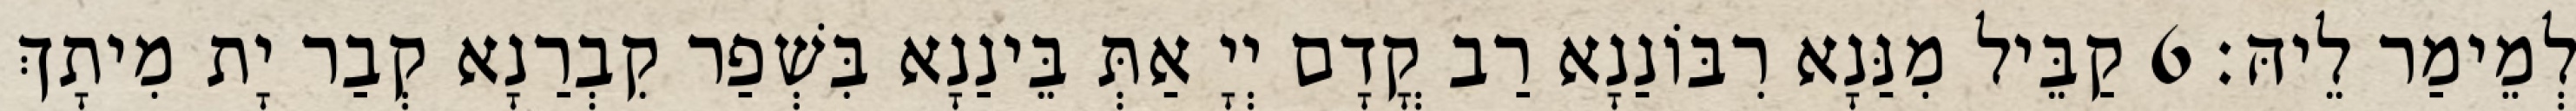
לְמֵימַר לֵיהּ׃ 6 קַבֵּיל מִנַּנָא רִבּוֹנַנָא רַב קֳדָם יְיָ אַתְּ בֵּינַנָא בִּשְׁפַר קִבְרַנָא קְבַר יָת מִיתָךְ